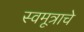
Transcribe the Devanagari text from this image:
स्वमूत्राचे